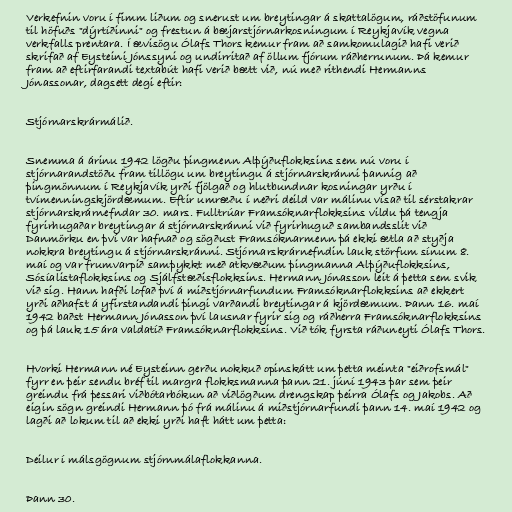
Verkefnin voru í fimm liðum og snerust um breytingar á skattalögum, ráðstöfunum
til höfuðs "dýrtíðinni" og frestun á bæjarstjórnarkosningum í Reykjavík vegna
verkfalls prentara. Í ævisögu Ólafs Thors kemur fram að samkomulagið hafi verið
skrifað af Eysteini Jónssyni og undirritað af öllum fjórum ráðherrunum. Þá kemur
fram að eftirfarandi textabút hafi verið bætt við, nú með rithendi Hermanns
Jónassonar, dagsett degi eftir:

Stjórnarskrármálið.

Snemma á árinu 1942 lögðu þingmenn Alþýðuflokksins sem nú voru í
stjórnarandstöðu fram tillögu um breytingu á stjórnarskránni þannig að
þingmönnum í Reykjavík yrði fjölgað og hlutbundnar kosningar yrðu í
tvímenningskjördæmum. Eftir umræðu í neðri deild var málinu vísað til sérstakrar
stjórnarskrárnefndar 30. mars. Fulltrúar Framsóknarflokksins vildu þá tengja
fyrirhugaðar breytingar á stjórnarskránni við fyrirhuguð sambandsslit við
Danmörku en því var hafnað og sögðust Framsóknarmenn þá ekki ætla að styðja
nokkra breytingu á stjórnarskránni. Stjórnarskrárnefndin lauk störfum sínum 8.
maí og var frumvarpið samþykkt með atkvæðum þingmanna Alþýðuflokksins,
Sósíalistaflokksins og Sjálfstæðisflokksins. Hermann Jónasson leit á þetta sem svik
við sig. Hann hafði lofað því á miðstjórnarfundum Framsóknarflokksins að ekkert
yrði aðhafst á yfirstandandi þingi varðandi breytingar á kjördæmum. Þann 16. maí
1942 baðst Hermann Jónasson því lausnar fyrir sig og ráðherra Framsóknarflokksins
og þá lauk 15 ára valdatíð Framsóknarflokksins. Við tók fyrsta ráðuneyti Ólafs Thors.

Hvorki Hermann né Eysteinn gerðu nokkuð opinskátt um þetta meinta "eiðrofsmál"
fyrr en þeir sendu bréf til margra flokksmanna þann 21. júní 1943 þar sem þeir
greindu frá þessari viðbótarbókun að viðlögðum drengskap þeirra Ólafs og Jakobs. Að
eigin sögn greindi Hermann þó frá málinu á miðstjórnarfundi þann 14. maí 1942 og
lagði að lokum til að ekki yrði haft hátt um þetta:

Deilur í málsgögnum stjórnmálaflokkanna.

Þann 30.